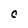
Character: C